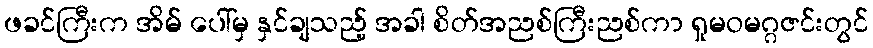
ဖခင်ကြီးက အိမ် ပေါ်မှ နှင်ချသည့် အခါ စိတ်အညစ်ကြီးညစ်ကာ ရှုမဝမဂ္ဂဇင်းတွင်